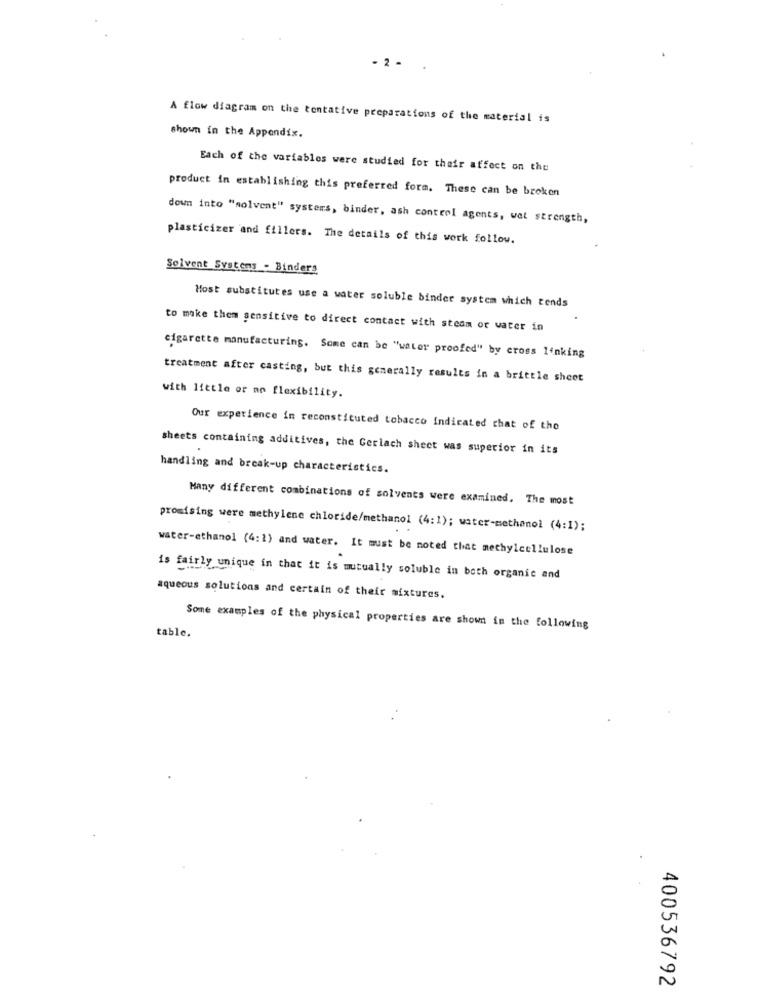
- 2 -
A flow diagram on the tentative preparations of the material is
shown in the Appendix.
Each of the variables were studied for their affect on the
product in establishing this preferred form. These can be broken
down into "solvent" systems, binder, ash control agents, wet strength,
plasticizer and fillers. The details of this work follow.
Solvent Systems - Binders
Most substitutes use a water soluble binder system which tends
to make them sensitive to direct contact with steam or water in
cigarette manufacturing. Some can be "water proofed" by cross linking
treatment after casting, but this generally results in a brittle sheet
with little or no flexibility.
Our experience in reconstituted tobacco Indicated that of the
sheets containing additives, the Gerlach sheet was superior in its
handling and break-up characteristics.
Many different combinations of solvents were examined. The most
promising were methylene chloride/methanol (4:1); water-methanol (4:1);
water-ethanol (4:1) and water. It must be noted that methylcellulose
is fairly unique in that it is mutually soluble in both organic and
aqueous solutions and certain of their mixtures.
Some examples of the physical properties are shown in the following
table.
400536792